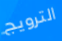
الترويج